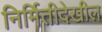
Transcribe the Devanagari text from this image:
निर्मितीदेखील